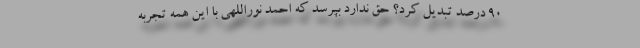
90 درصد تبدیل کرد؟ حق ندارد بپرسد که احمد نوراللهی با این همه تجربه